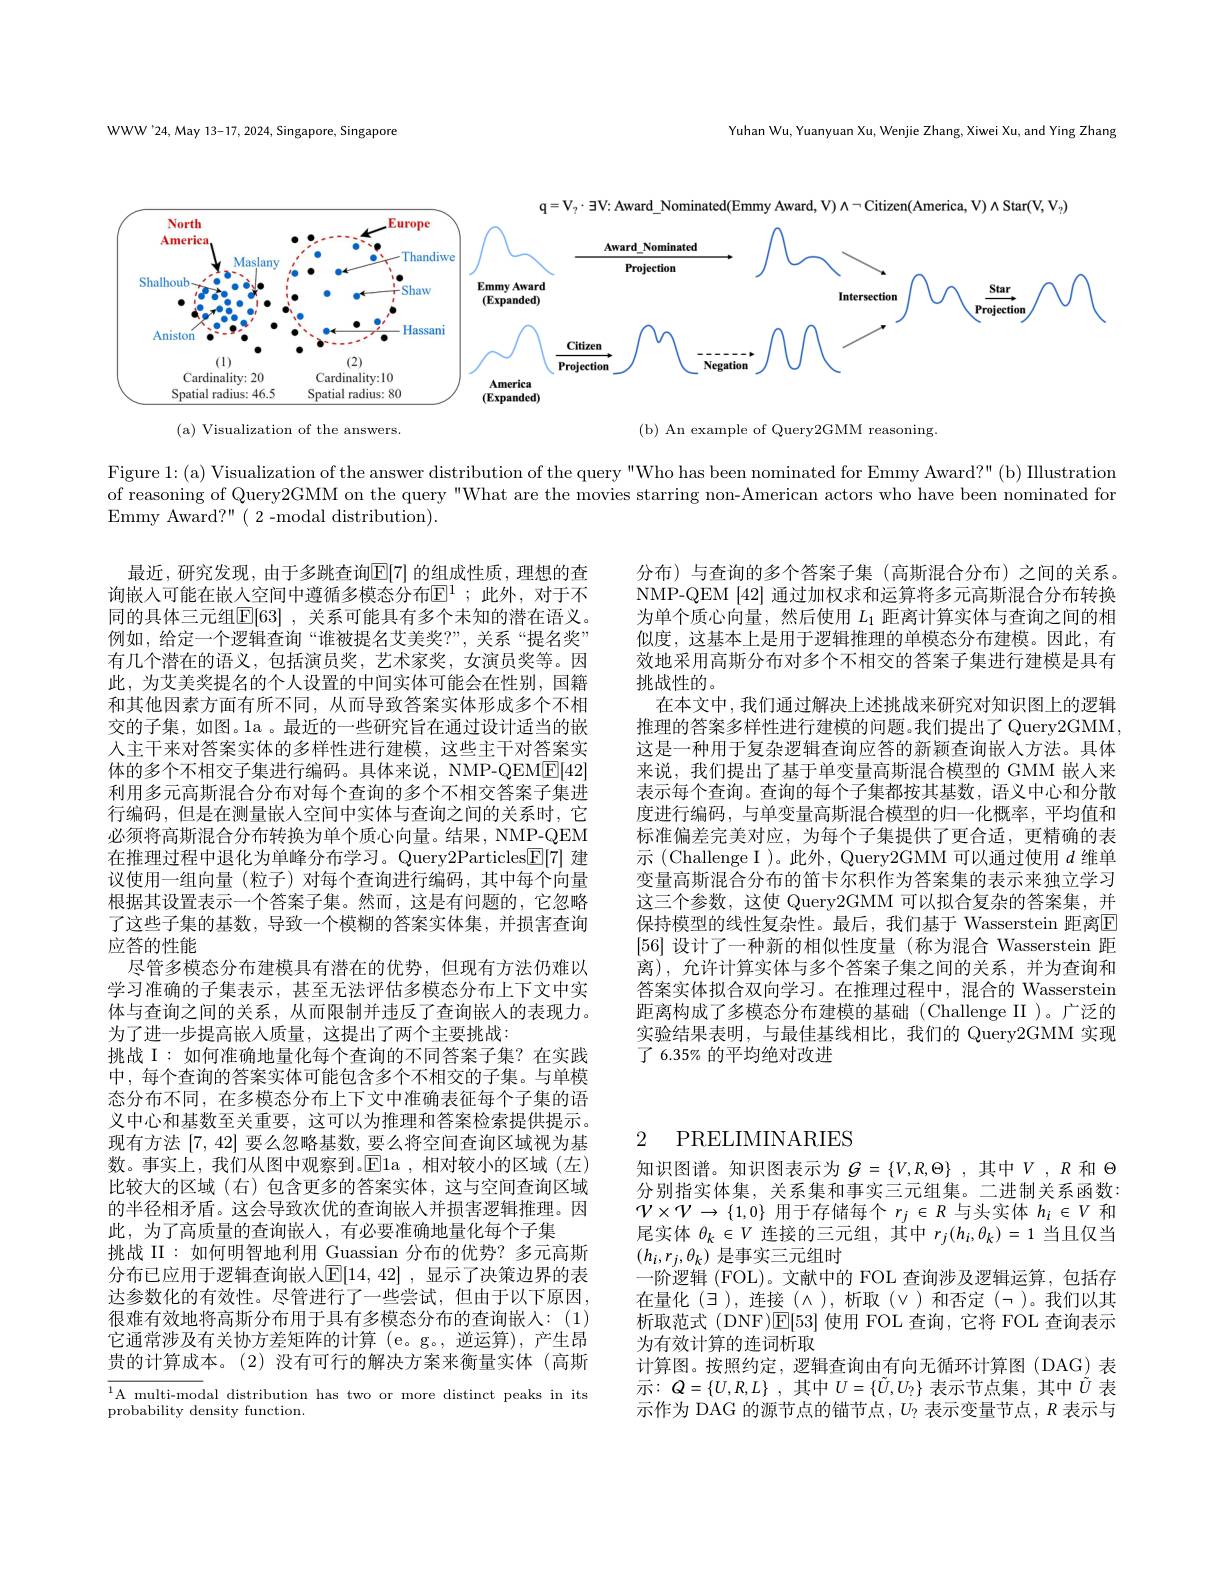
WWW'24, May 13-17, 2024, Singapore, Singapore

Yuhan Wu, Yuanyuan Xu, Wenjie Zhang, Xiwei Xu, and Ying Zhang

<FigureHere>

Figure 1:(a) Visualization of the answer distribution of the query"Who has been nominated for Emmy Award?" (b) Illustration of reasoning of Query2GMM on the query "What are the movies starring non-American actors who have been nominated for Emmy Award?"( 2-modal distribution).

分布)与查询的多个答案子集(高斯混合分布)之间的关系。NMP-QEM [42] 通过加权求和运算将多元高斯混合分布转换为单个质心向量，然后使用$L_{1}$距离计算实体与查询之间的相似度，这基本上是用于逻辑推理的单模态分布建模。因此，有效地采用高斯分布对多个不相交的答案子集进行建模是具有挑战性的。
在本文中，我们通过解决上述挑战来研究对知识图上的逻辑推理的答案多样性进行建模的问题。我们提出了 Query2GMM 这是一种用于复杂逻辑查询应答的新颖查询嵌入方法。具体来说，我们提出了基于单变量高斯混合模型的 GMM 嵌入来表示每个查询。查询的每个子集都按其基数，语义中心和分散度进行编码，与单变量高斯混合模型的归一化概率，平均值和标准偏差完美对应，为每个子集提供了更合适，更精确的表示 (Challenge I )。此外，Query2GMM 可以通过使用$d$维单变量高斯混合分布的笛卡尔积作为答案集的表示来独立学习这三个参数，这使 Query2GMM 可以拟合复杂的答案集，并保持模型的线性复杂性。最后，我们基于 Wasserstein 距离$\boxed{\mathrm{E}}$ [56]设计了一种新的相似性度量(称为混合 Wasserstein 距离), 允许计算实体与多个答案子集之间的关系，并为查询和答案实体拟合双向学习。在推理过程中，混合的 Wasserstein 距离构成了多模态分布建模的基础(Challenge II )。广泛的实验结果表明，与最佳基线相比，我们的 Query2GMM 实现了 6.35% 的平均绝对改进

最近，研究发现，由于多跳查询$\mathbb{E}[7]$ 的组成性质，理想的查询嵌入可能在嵌人空间中遵循多模态分布$\mathbb{E}^1;$ 此外，对于不同的具体三元组$\mathbb{E}[63]$ ,关系可能具有多个未知的潜在语义。例如，给定一个逻辑查询“谁被提名艾美奖？”,关系“提名奖” 有几个潜在的语义，包括演员奖，艺术家奖，女演员奖等。因此，为艾美奖提名的个人设置的中间实体可能会在性别，国籍和其他因素方面有所不同，从而导致答案实体形成多个不相交的子集，如图。1a 。最近的一些研究旨在通过设计适当的嵌人主干来对答案实体的多样性进行建模，这些主干对答案实体的多个不相交子集进行编码。具体来说，NMP-QEM$\boxed{\mathrm{E}}[42]$ 利用多元高斯混合分布对每个查询的多个不相交答案子集进行编码，但是在测量嵌人空间中实体与查询之间的关系时，它必须将高斯混合分布转换为单个质心向量。结果，NMP-QEM 在推理过程中退化为单峰分布学习。Query2Particles$\underline{\mathrm{E}}[7]$建议使用一组向量(粒子)对每个查询进行编码，其中每个向量根据其设置表示一个答案子集。然而，这是有问题的，它忽略了这些子集的基数，导致一个模糊的答案实体集，并损害查询应答的性能
尽管多模态分布建模具有潜在的优势，但现有方法仍难以学习准确的子集表示，甚至无法评估多模态分布上下文中实体与查询之间的关系，从而限制并违反了查询嵌人的表现力。为了进一步提高嵌人质量，这提出了两个主要挑战：
挑战 I: 如何准确地量化每个查询的不同答案子集？在实践中，每个查询的答案实体可能包含多个不相交的子集。与单模态分布不同，在多模态分布上下文中准确表征每个子集的语义中心和基数至关重要，这可以为推理和答案检索提供提示。现有方法[7,42]要么忽略基数，要么将空间查询区域视为基数。事实上，我们从图中观察到。$\boxed{\mathrm{E}}$1a ,相对较小的区域(左) 比较大的区域(右)包含更多的答案实体，这与空间查询区域的半径相矛盾。这会导致次优的查询嵌入并损害逻辑推理。因此，为了高质量的查询嵌人，有必要准确地量化每个子集
挑战 II:如何明智地利用 Guassian 分布的优势？多元高斯分布已应用于逻辑查询嵌人$\mathbb{E}[14,42]$ ,显示了决策边界的表达参数化的有效性。尽管进行了一些尝试，但由于以下原因， 很难有效地将高斯分布用于具有多模态分布的查询嵌人：(1) 它通常涉及有关协方差矩阵的计算 (e。g。,逆运算),产生昂贵的计算成本。(2)没有可行的解决方案来衡量实体(高斯$\overline{^{1}\text{A multi-modal distribution has two or more distinct peaks in its}}$

## 2 PRELIMINARIES

知识图谱。知识图表示为$G=\{V,R,\Theta\}$,其中$V,R$ 和$\Theta$ 分别指实体集，关系集和事实三元组集。二进制关系函数： $\mathcal{V}\times\mathcal{V}\to\{1,0\}$用于存储每个$r_j\in R$与头实体$h_i\in V$和尾实体$\theta_k\in V$连接的三元组，其中$r_j(h_i,\theta_k)=1$当且仅当$(h_i,r_j,\theta_k)$是事实三元组时
一阶逻辑 (FOL)。文献中的 FOL 查询涉及逻辑运算，包括存在量化(ヨ),连接(ハ),析取(ν)和否定(¬)。我们以其析取范式(DNF)$\mathbb{E}[53]$使用 FOL 查询，它将 FOL 查询表示为有效计算的连词析取
计算图。按照约定，逻辑查询由有向无循环计算图 (DAG) 表示$: Q= \{ U, R, L\}$ ,其中$U=\{\tilde{U},U_{?}\}$ 表示节点集，其中 $\tilde{U}$ 表示作为 DAG 的源节点的锚节点，$U_?$表示变量节点，$R$表示与

probability density function.